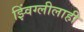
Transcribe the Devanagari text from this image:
झ्विंग्लीलाही